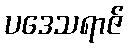
ပဒေသရာဇ်